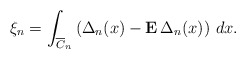
\begin{align*}\xi _{n}=\int_{\overline{C}_{n}}\left( \Delta _{n}(x)-{\bf E}\,\Delta_{n}(x)\right) \,dx. \end{align*}